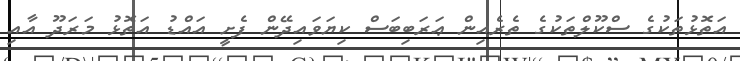
އަތޮޅުތަކުގެ ސްކޫލްތަކުގެ ތެރެއިން ޢަރަބިބަސް ކިޔަވައިދޭން ފެށީ އައްޑު އަތޮޅު މަރަދޫ އާއި